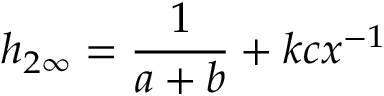
h _ { 2 \infty } = \frac { 1 } { a + b } + k c x ^ { - 1 }